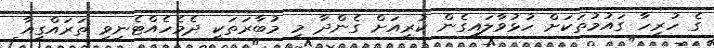
ގެ ހުރިހާ ގައުމުތަކަށް ހުޅުވާލައިގެން ކުރިއަށް ގެންދާ މި މުބާރަތަކީ ދެމެހެއްޓެނިވި ތަރައްގީއާ